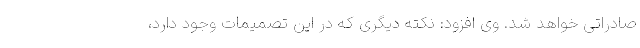
صادراتی خواهد شد. وی افزود: نکته دیگری که در این تصمیمات وجود دارد،